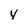
Character: y